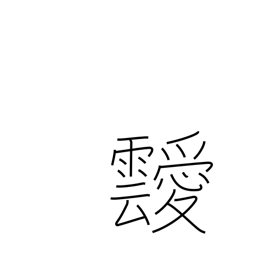
Meaning: clouds